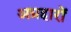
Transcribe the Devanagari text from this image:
अग्रहारों